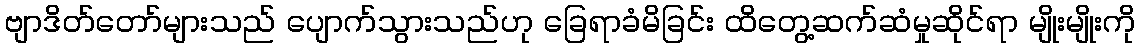
ဗျာဒိတ်တော်များသည် ပျောက်သွားသည်ဟု ခြေရာခံမိခြင်း ထိတွေ့ဆက်ဆံမှုဆိုင်ရာ မျိုးမျိုးကို